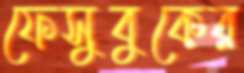
ফেসুবুকের